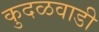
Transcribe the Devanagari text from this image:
कुदळवाडी